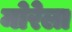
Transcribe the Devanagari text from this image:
मोरेला